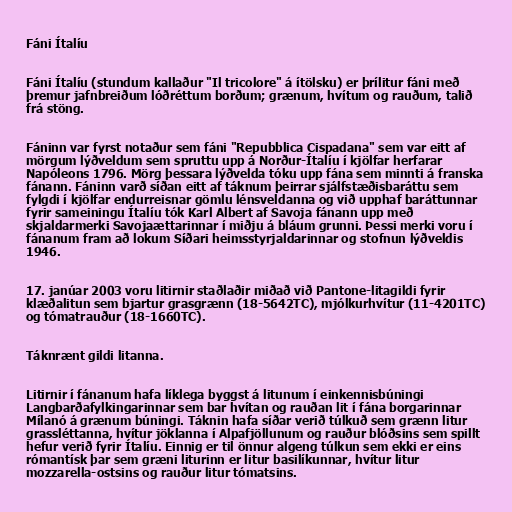
Fáni Ítalíu

Fáni Ítalíu (stundum kallaður "Il tricolore" á ítölsku) er þrílitur fáni með
þremur jafnbreiðum lóðréttum borðum; grænum, hvítum og rauðum, talið
frá stöng.

Fáninn var fyrst notaður sem fáni "Repubblica Cispadana" sem var eitt af
mörgum lýðveldum sem spruttu upp á Norður-Ítalíu í kjölfar herfarar
Napóleons 1796. Mörg þessara lýðvelda tóku upp fána sem minnti á franska
fánann. Fáninn varð síðan eitt af táknum þeirrar sjálfstæðisbaráttu sem
fylgdi í kjölfar endurreisnar gömlu lénsveldanna og við upphaf baráttunnar
fyrir sameiningu Ítalíu tók Karl Albert af Savoja fánann upp með
skjaldarmerki Savojaættarinnar í miðju á bláum grunni. Þessi merki voru í
fánanum fram að lokum Síðari heimsstyrjaldarinnar og stofnun lýðveldis
1946.

17. janúar 2003 voru litirnir staðlaðir miðað við Pantone-litagildi fyrir
klæðalitun sem bjartur grasgrænn (18-5642TC), mjólkurhvítur (11-4201TC)
og tómatrauður (18-1660TC).

Táknrænt gildi litanna.

Litirnir í fánanum hafa líklega byggst á litunum í einkennisbúningi
Langbarðafylkingarinnar sem bar hvítan og rauðan lit í fána borgarinnar
Mílanó á grænum búningi. Táknin hafa síðar verið túlkuð sem grænn litur
grassléttanna, hvítur jöklanna í Alpafjöllunum og rauður blóðsins sem spillt
hefur verið fyrir Ítalíu. Einnig er til önnur algeng túlkun sem ekki er eins
rómantísk þar sem græni liturinn er litur basilíkunnar, hvítur litur
mozzarella-ostsins og rauður litur tómatsins.